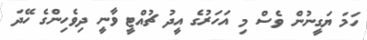
ހަމަ ޔަގީނުން ވެސް މި އަހަރުގެ އީދު ޗުއްޓީ ވާނީ ދިވެހިންގެ ހޭދަ